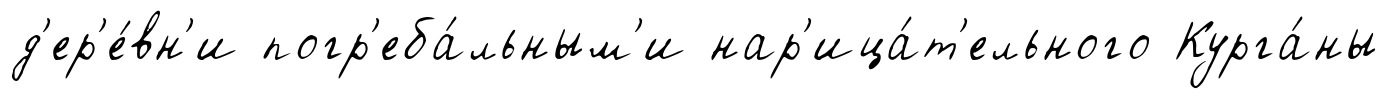
д'ер'е́вн'и погр'еба́льным'и нар'ица́т'ельного Курга́ны